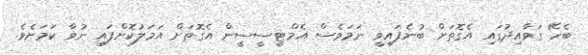
ބެހޭ ގަވާއިދުގައި އެގޮތަށް ބުނެފައިވީ ނަމަވެސް އެމްޓީސީސީން އެގޮތަށް އަމަލުކޮށްފައި ނުވާ ކަމަށެވެ.